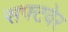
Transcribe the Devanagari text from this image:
सफ्टवेर